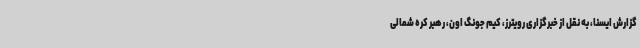
گزارش ایسنا، به نقل از خبرگزاری رویترز، کیم جونگ اون، رهبر کره شمالی